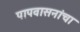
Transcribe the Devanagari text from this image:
पापवासनांचा